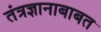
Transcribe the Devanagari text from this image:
तंत्रज्ञानाबाबत